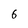
Character: 6